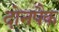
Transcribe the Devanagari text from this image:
दोनपैक